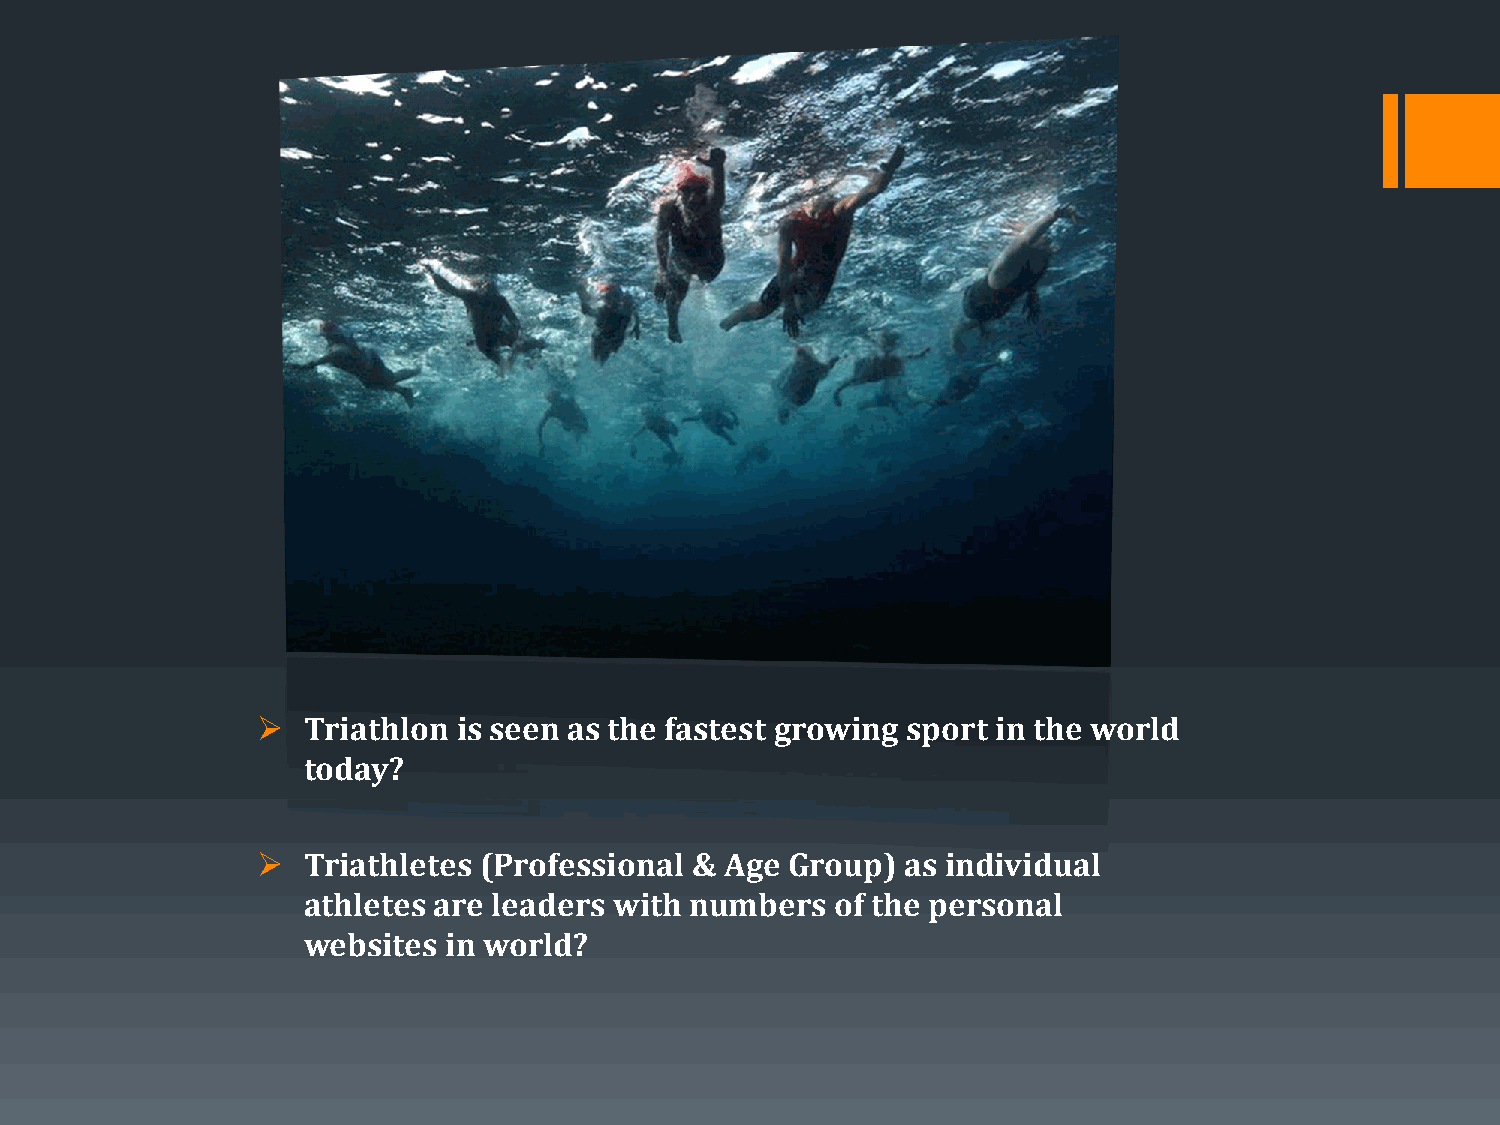
➢  Triathlon is seen as the fastest growing sport in the world
 today?
 ➢  Triathletes (Professional & Age Group)  as individual
 athletes are leaders with numbers  of the personal
 websites in world?